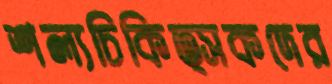
শল্যচিকিত্সকদের